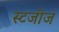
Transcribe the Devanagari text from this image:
स्टजीज